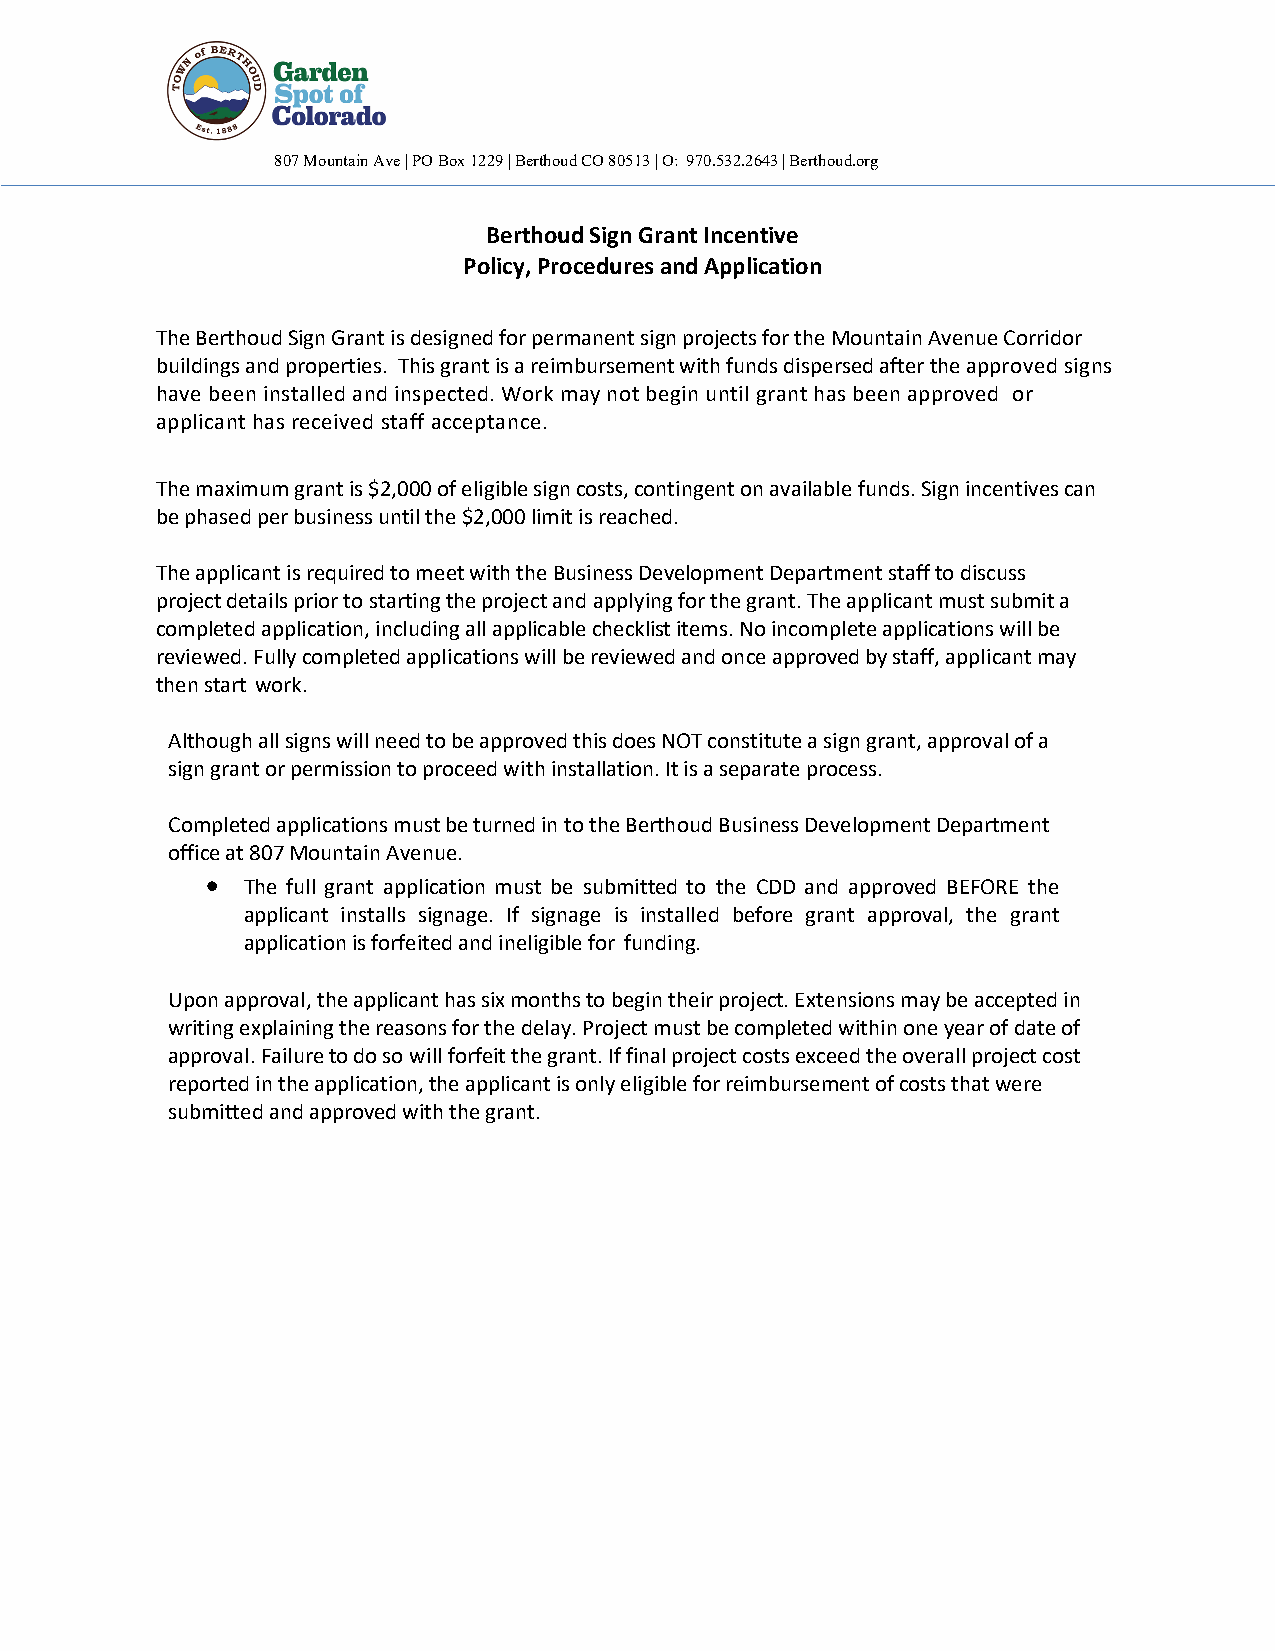
807 Mountain Ave | PO Box 1229 | Berthoud CO 80513 | O: 970.532.2643 | Berthoud.org
 Berthoud Sign Grant Incentive
 Policy, Procedures and Application
 The Berthoud Sign Grant is designed for permanent sign projects for the Mountain Avenue Corridor
 buildings and properties. This grant is a reimbursement with funds dispersed after the approved signs
 have been installed and inspected. Work may not begin until grant has been approved or
 applicant has received staff acceptance.
 The maximum grant is $2,000 of eligible sign costs, contingent on available funds. Sign incentives can
 be phased per business until the $2,000 limit is reached.
 The applicant is required to meet with the Business Development Department staff to discuss
 project details prior to starting the project and applying for the grant. The applicant must submit a
 completed application, including all applicable checklist items. No incomplete applications will be
 reviewed. Fully completed applications will be reviewed and once approved by staff, applicant may
 then start work.
 Although all signs will need to be approved this does NOT constitute a sign grant, approval of a
 sign grant or permission to proceed with installation. It is a separate process.
 Completed applications must be turned in to the Berthoud Business Development Department
 office at 807 Mountain Avenue.
 • The full grant application must be submitted to the CDD and approved BEFORE the
 applicant installs signage. If signage is installed before grant approval, the grant
 application is forfeited and ineligible for funding.
 Upon approval, the applicant has six months to begin their project. Extensions may be accepted in
 writing explaining the reasons for the delay. Project must be completed within one year of date of
 approval. Failure to do so will forfeit the grant. If final project costs exceed the overall project cost
 reported in the application, the applicant is only eligible for reimbursement of costs that were
 submitted and approved with the grant.